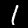
Digit: 1